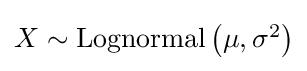
{\textstyle X\sim \operatorname {Lognormal} \left(\mu ,\sigma ^{2}\right)}